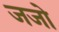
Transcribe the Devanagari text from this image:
जजो